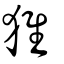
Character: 猚